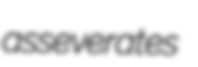
asseverates